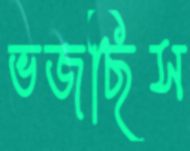
ভজছিস